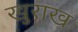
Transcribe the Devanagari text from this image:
खुराख